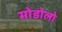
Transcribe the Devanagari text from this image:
मोडोलो